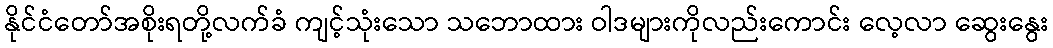
နိုင်ငံတော်အစိုးရတို့လက်ခံ ကျင့်သုံးသော သဘောထား ဝါဒများကိုလည်းကောင်း လေ့လာ ဆွေးနွေး